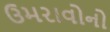
ઉમરાવોનો